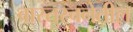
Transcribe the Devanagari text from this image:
वास्तुरचनेतील